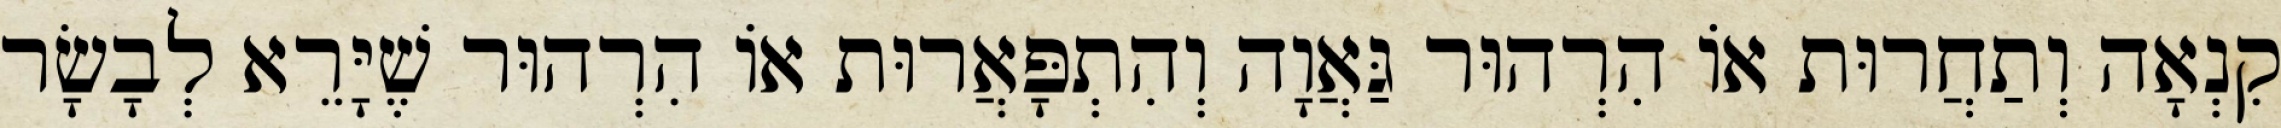
קִנְאָה וְתַחֲרוּת אוֹ הִרְהוּר גַּאֲוָה וְהִתְפָּאֲרוּת אוֹ הִרְהוּר שֶׁיָּרֵא לְבָשָׂר